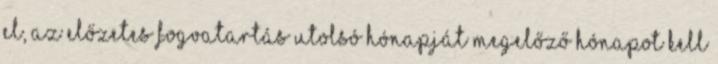
el, az előzetes fogvatartás utolsó hónapját megelőző hónapot kell